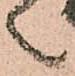
々